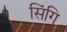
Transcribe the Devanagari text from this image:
सिंगि